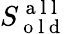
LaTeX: S_{\mathrm{~o~l~d~}}^{\mathrm{~a~l~l~}}